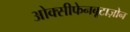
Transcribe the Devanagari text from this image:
ओक्सीफेनबूटाज़ोन